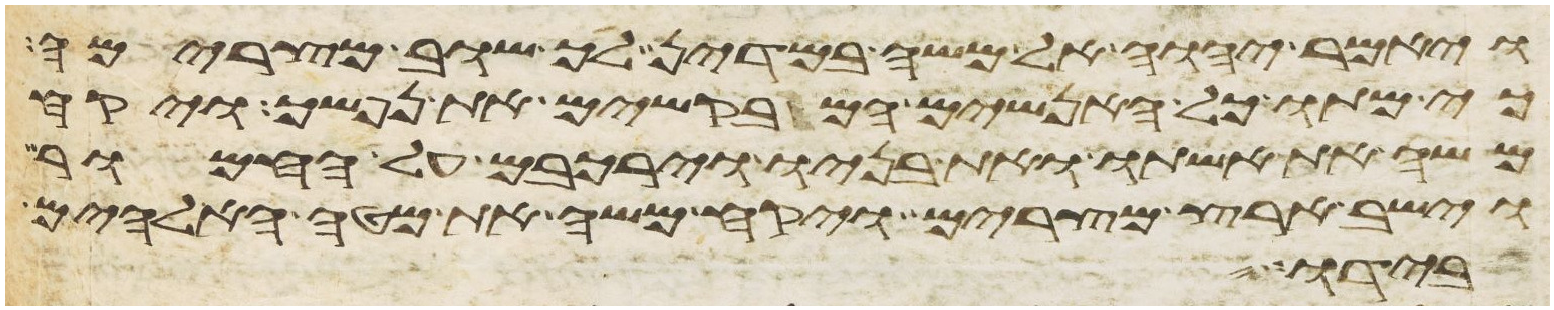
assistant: ויאמר יהוה אל משה במדין לך שוב מצרימה
כי מתו כל האנשים המבקשים את נפשך ויקח
משה את אשתו ואת בניו וירכבם על החמור
וישב ארץ מצרים ויקח משה את מטה האלהים
בידו